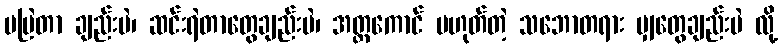
မမြဲတာ ချည်းပဲ၊ ဆင်းရဲတာတွေချည်းပဲ၊ အတ္တကောင် မဟုတ်တဲ့ သဘောတရား မျှတွေချည်းပဲ လို့